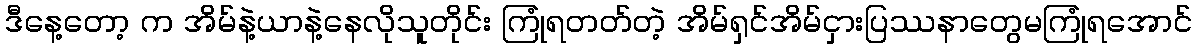
ဒီနေ့တော့ က အိမ်နဲ့ယာနဲ့နေလိုသူတိုင်း ကြုံရတတ်တဲ့ အိမ်ရှင်အိမ်ငှားပြဿနာတွေမကြုံရအောင်